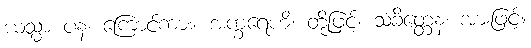
ယသ္မာ ပန၊ ကြောင့်ကား။ အက္ခရေဟိ၊ တို့ဖြင့်။ သံခိတ္တေန၊ အားဖြင့်။